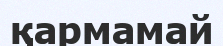
қармамай